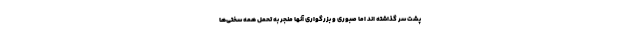
پشت سر گذاشته اند اما صبوری و بزرگواری آنها منجر به تحمل همه سختی‌ها